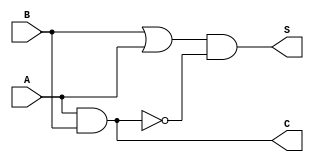
module half_adder(
	A,
	B,
	S,
	C
);


input wire	A;
input wire	B;
output wire	S;
output wire	C;

wire	SYNTHESIZED_WIRE_0;
wire	SYNTHESIZED_WIRE_1;
wire	SYNTHESIZED_WIRE_2;

assign	C = SYNTHESIZED_WIRE_0;



assign	SYNTHESIZED_WIRE_1 = B | A;

assign	SYNTHESIZED_WIRE_0 = A & B;

assign	SYNTHESIZED_WIRE_2 =  ~SYNTHESIZED_WIRE_0;

assign	S = SYNTHESIZED_WIRE_1 & SYNTHESIZED_WIRE_2;


endmodule